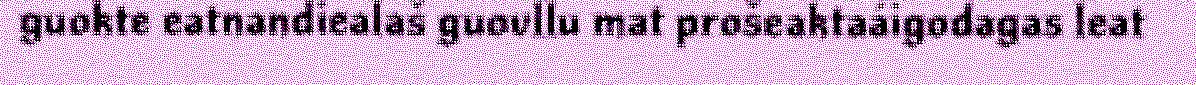
guokte eatnandiealaš guovllu mat prošeaktaáigodagas leat